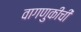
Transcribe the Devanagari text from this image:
वागणुकीची